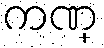
ကဏ္